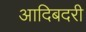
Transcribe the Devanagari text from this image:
आदिबदरी